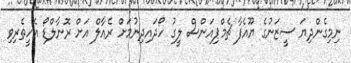
ނިމިގެންދިޔަ ސީޒަނުގެ ޔޫއެފާ ޗެމްޕިއަންސް ލީގު ހޯދައިދިނުމަށް ރެއާލް އަށް ރޮނާލްޑޯ އެހީތެރިވި